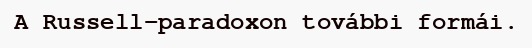
A Russell-paradoxon további formái.